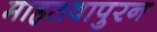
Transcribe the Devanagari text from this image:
माहतवापुरन